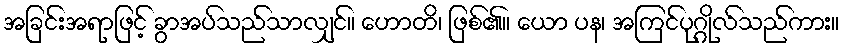
အခြင်းအရာဖြင့် ခွာအပ်သည်သာလျှင်။ ဟောတိ၊ ဖြစ်၏။ ယော ပန၊ အကြင်ပုဂ္ဂိုလ်သည်ကား။